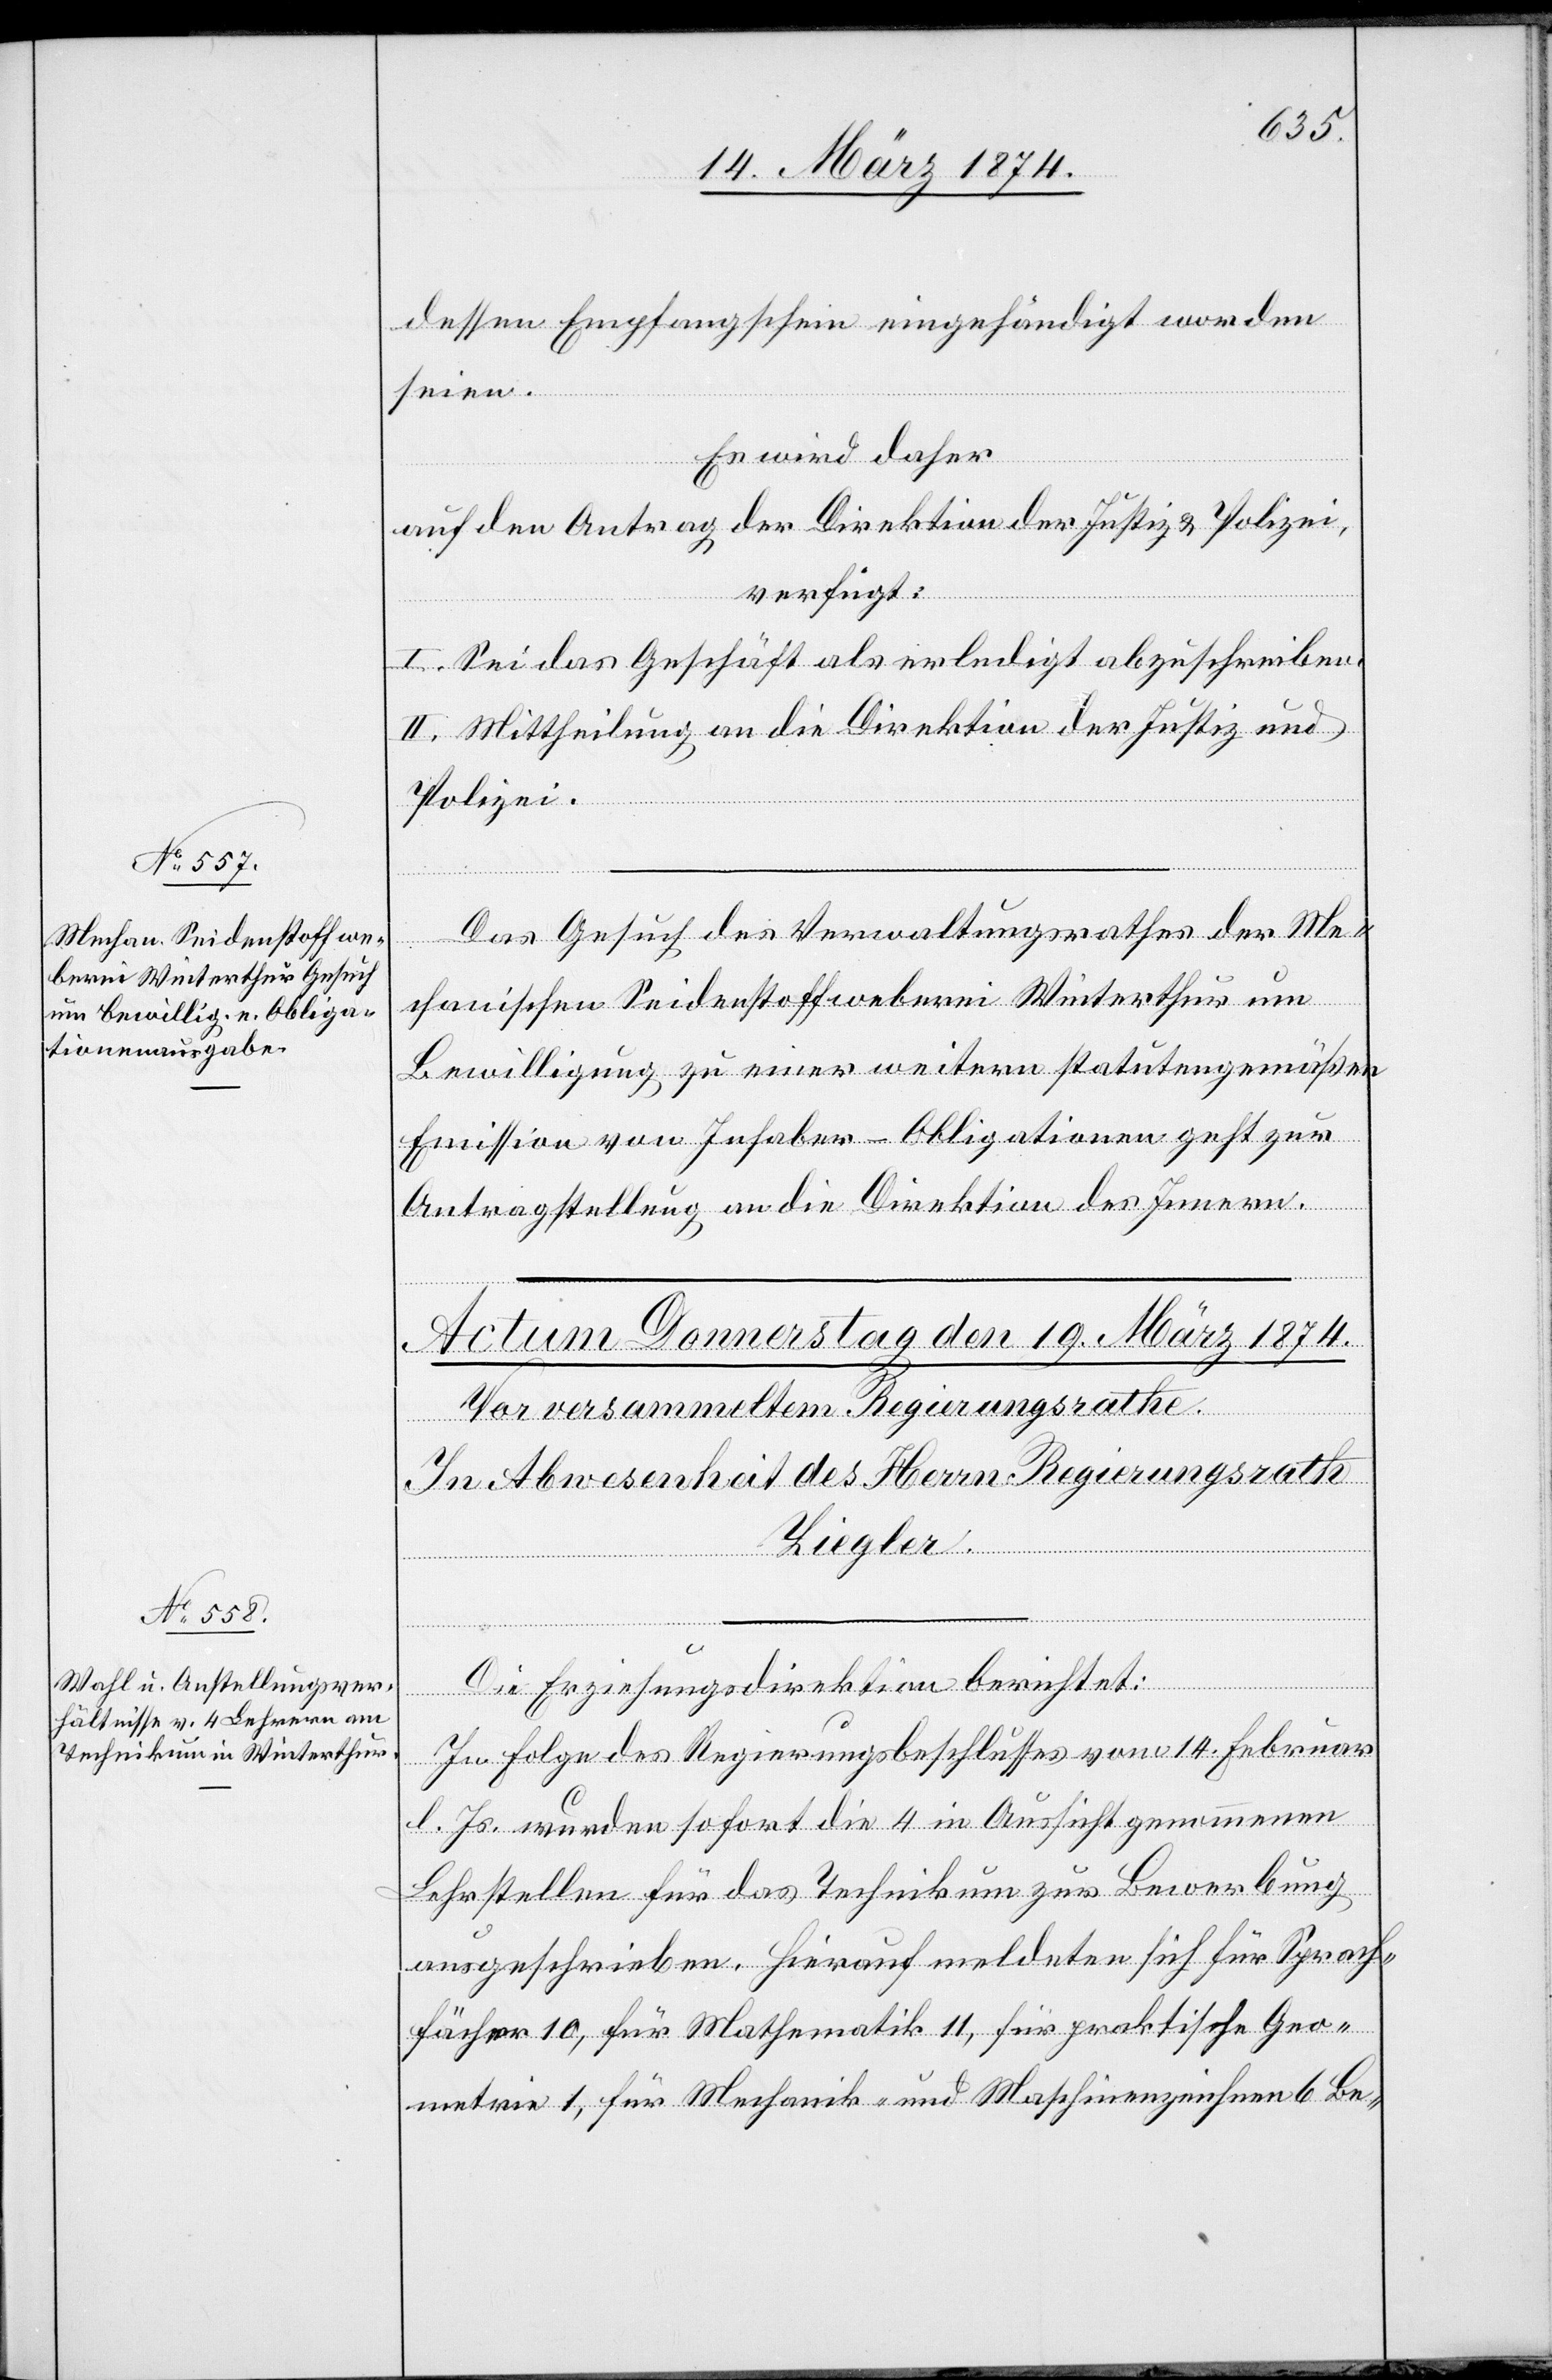
18. März 1874.]
dessen Empfangschein eingehändigt worden
seien.
Es wird daher
auf den Antrag der Direktion der Justiz u. Polizei,
verfügt:
I. Sei das Geschäft als erledigt abzuschreiben.
II. Mittheilung an die Direktion der Justiz und
Polizei.
Das Gesuch des Verwaltungsrathes der Me¬
chanischen Seidenstoffweberei Winterthur um
Bewilligung zu einer weitern statutengemäßen
Emission von Inhaber-Obligationen geht zur
Antragstellung an die Direktion des Innern.
Die Erziehungsdirektion berichtet:
In Folge des Regierungsbeschlusses vom 14. Februar
l. Js. wurden sofort die 4 in Aussicht genommenen
Lehrstellen für das Technikum zur Bewerbung
ausgeschrieben. Hierauf meldeten sich für Sprach¬
fächer 10, für Mathematik 11, für praktische Geo¬
metrie 1, für Mechanik- und Maschinenzeichnen 6 Be-